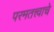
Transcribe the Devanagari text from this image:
परमतत्त्वाचे